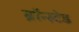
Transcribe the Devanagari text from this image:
ब्रॉन्स्टेड